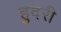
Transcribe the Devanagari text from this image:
हुदरी